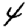
Digit: 4